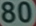
80